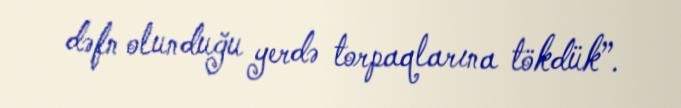
dəfn olunduğu yerdə torpaqlarına tökdük”.